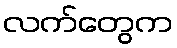
လက်တွေက